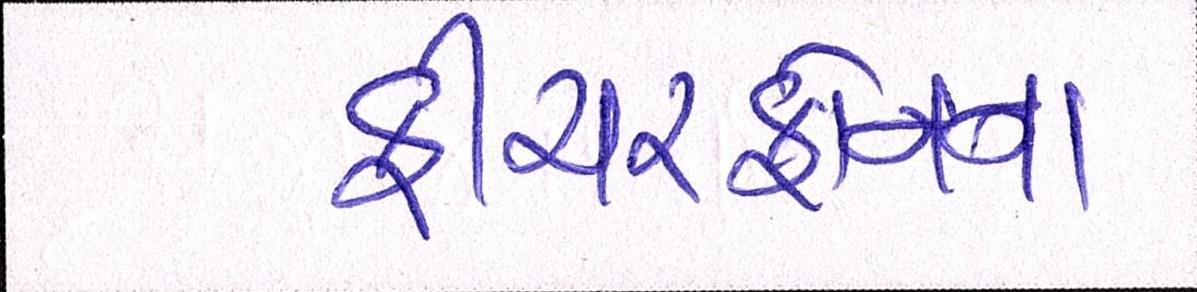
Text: ફીચરફોનના